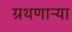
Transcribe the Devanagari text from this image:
ग्रथणाऱ्या